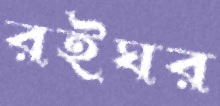
রইঘর